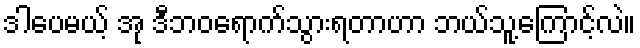
ဒါပေမယ့် အု ဒီဘဝရောက်သွားရတာဟာ ဘယ်သူ့ကြောင့်လဲ။